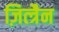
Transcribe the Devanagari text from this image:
ज़ित्त्रैन